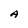
Character: A